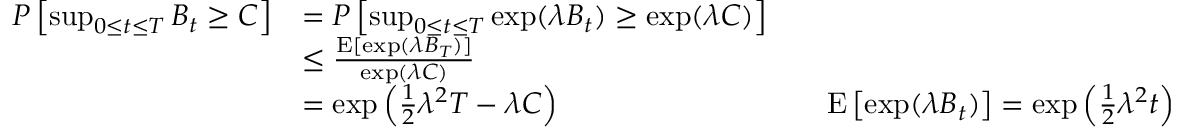
{ \begin{array} { r l r l } { P \left[ \operatorname* { s u p } _ { 0 \leq t \leq T } B _ { t } \geq C \right] } & { = P \left[ \operatorname* { s u p } _ { 0 \leq t \leq T } \exp ( \lambda B _ { t } ) \geq \exp ( \lambda C ) \right] } \\ & { \leq { \frac { \operatorname { E } [ \exp ( \lambda B _ { T } ) ] } { \exp ( \lambda C ) } } } \\ & { = \exp \left( { \frac { 1 } { 2 } } \lambda ^ { 2 } T - \lambda C \right) } & & { \operatorname { E } \left[ \exp ( \lambda B _ { t } ) \right] = \exp \left( { \frac { 1 } { 2 } } \lambda ^ { 2 } t \right) } \end{array} }